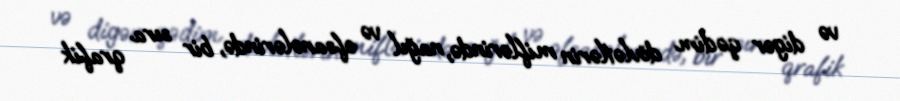
və digər qədim dövlətlərin miflərində, nağıl və əfsanələrində, bir sıra qrafik